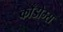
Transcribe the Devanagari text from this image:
काँडोम्स